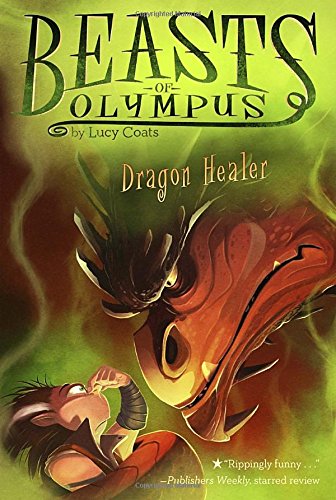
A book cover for Dragon Healer #4 (Beasts of Olympus); Lucy Coats; Children's Books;